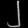
Digit: ၂